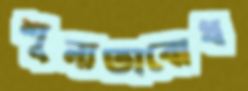
শূন্যতাবোধ